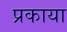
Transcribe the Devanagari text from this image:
प्रकाया